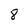
Character: 8